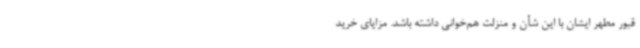
قبور مطهر ایشان با این شأن و منزلت هم‌خوانی داشته باشد. مزایای خرید